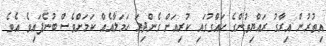
އިތުރުން އިރާގު ރައްޔިތުންގެ ހައްގުގައި ކުރިއަށް ގެންދިޔަ ހަމަލާއެއް ކަމަށްވެސް ބުނެފައިވެ އެވެ.